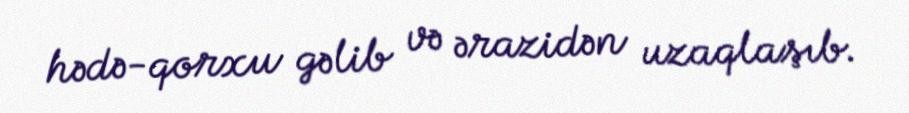
hədə-qorxu gəlib və ərazidən uzaqlaşıb.